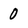
Character: 0